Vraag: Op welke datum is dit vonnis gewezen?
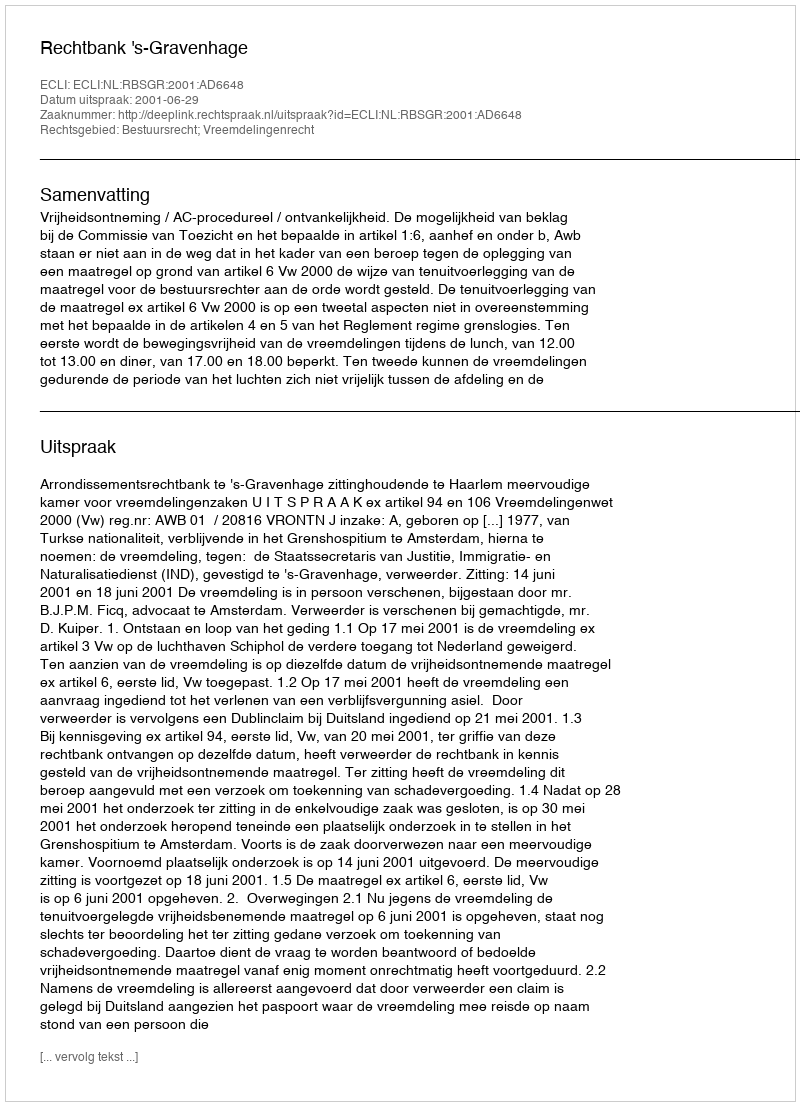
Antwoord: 2001-06-29